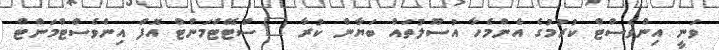
ވަނީ އިންވެސްޓް ކުރުމުގެ އެންމެހާ އުސޫލުތައް ބަޔާން ކުރާ "ސްޓޭޓްމަންޓް އޮފް އިންވެސްޓްމަންޓް